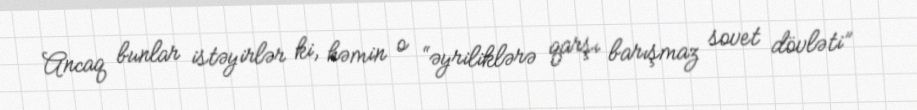
Ancaq bunlar istəyirlər ki, həmin o “əyriliklərə qarşı barışmaz sovet dövləti”